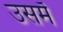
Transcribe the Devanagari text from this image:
उसमेँ